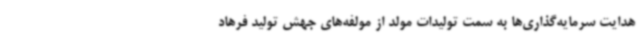
هدایت سرمایه‌گذاری‌ها به سمت تولیدات مولد از مولفه‌های جهش تولید فرهاد